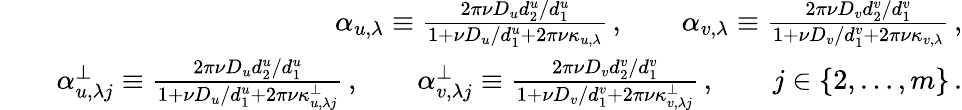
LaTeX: \begin{array}{rlr}&{}&{\alpha_{u,\lambda}\equiv\frac{2\pi\nu D_{u}{d_{2}^{u}/d_{1}^{u}}}{1+{\nu D_{u}/d_{1}^{u}}+2\pi\nu\kappa_{u,\lambda}}\, ,\qquad\alpha_{v,\lambda}\equiv\frac{2\pi\nu D_{v}{d_{2}^{v}/d_{1}^{v}}}{1+{\nu D_{v}/d_{1}^{v}}+2\pi\nu\kappa_{v,\lambda}}\, ,}\\ &{}&{\alpha_{u,\lambda j}^{\perp}\equiv\frac{2\pi\nu D_{u}{d_{2}^{u}/d_{1}^{u}}}{1+{\nu D_{u}/d_{1}^{u}}+2\pi\nu\kappa_{u,\lambda j}^{\perp}}\, ,\qquad\alpha_{v,\lambda j}^{\perp}\equiv\frac{2\pi\nu D_{v}{d_{2}^{v}/d_{1}^{v}}}{1+{\nu D_{v}/d_{1}^{v}}+2\pi\nu\kappa_{v,\lambda j}^{\perp}}\, ,\qquad j\in\lbrace{2,\ldots,m\rbrace}\, .}\end{array}